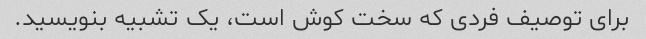
برای توصیف فردی که سخت کوش است، یک تشبیه بنویسید.